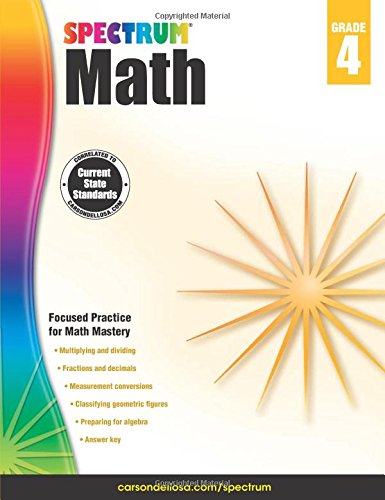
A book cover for Spectrum Math Workbook, Grade 4; Children's Books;